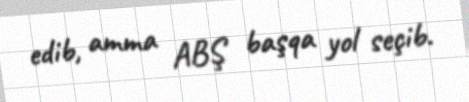
edib, amma ABŞ başqa yol seçib.